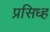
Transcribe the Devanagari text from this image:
प्रसिध्ह